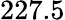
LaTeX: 227.5